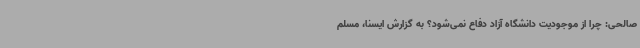
صالحی: چرا از موجودیت دانشگاه آزاد دفاع نمی‌شود؟ به گزارش ایسنا، مسلم